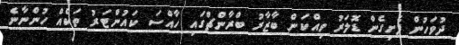
ދުވަހުން ފެށިގެން ޑޮލަރު ވިއްކަން ބާޒާރު ބްރާންޗްގައި ހާއްސަ ކައުންޓަރު ތަކެއް ހުންނާނެ